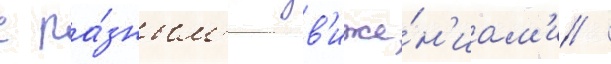
с ра́зным'и дв'иже́н'иам'и /